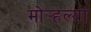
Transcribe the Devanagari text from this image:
मोर्‍हल्या